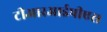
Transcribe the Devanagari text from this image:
टीआरआईपीएस